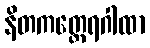
နိတကတ္ထေရဂါထာ